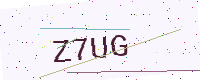
Text: Z7UG